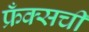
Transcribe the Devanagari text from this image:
फ्रँक्सची